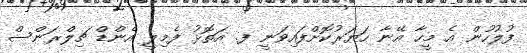
ފުލުހުން އެ މީހާ އޭނާ ހަޔަރުކޮށްފައިވަނީ ފ. އަތޮޅު ފެމިލީ އެންޑް ޗިލްރަންސް